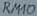
Text: RM10